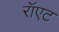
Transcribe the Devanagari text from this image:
रॉएट